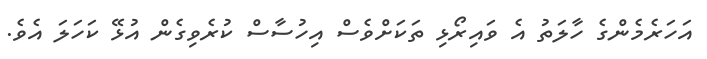
އަހަރެމެންގެ ހާލަތު އެ ވައިރޯޅި ތަކަށްވެސް އިހުސާސް ކުރެވިގެން އުޅޭ ކަހަލަ އެވެ.